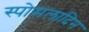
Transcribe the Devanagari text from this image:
स्पोमलादिन